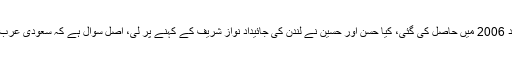
جسٹس اعجاز الاحسن نے ریمارکس میں کہا کہ شریف خاندان کا موقف ہے کہ جائیداد 2006 میں حاصل کی گئی، کیا حسن اور حسین نے لندن کی جائیداد نواز شریف کے کہنے پر لی، اصل سوال ہے کہ سعودی عرب، دبئی اور لندن جائیدادوں کے فنڈز کہاں آئے، اس بنیادی سوال کا جواب نہیں مل رہا۔